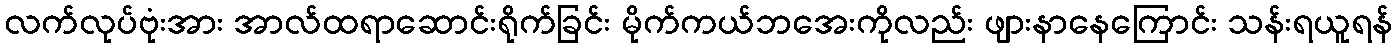
လက်လုပ်ဗုံးအား အာလ်ထရာဆောင်းရိုက်ခြင်း မိုက်ကယ်ဘအေးကိုလည်း ဖျားနာနေကြောင်း သန်းရယူရန်